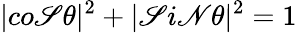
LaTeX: |co\mathscr{S}\theta|^{2}+|\mathscr{S}i\mathscr{N}\theta|^{2}=1